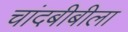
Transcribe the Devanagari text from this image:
चांदबीबीला